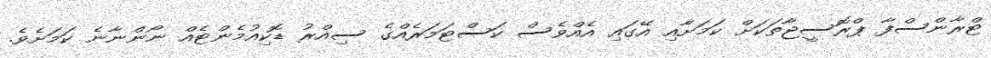
ޓްރާންސްފާ ޕްރޮސީޖާތަކަށް ކަމަށާއި އޭގައި އެއްވެސް ކަސްޓަމަރެއްގެ ސިއްރު ޑޮކިއުމެންޓެއް ނޯންނާނެ ކަމަށެވެ.